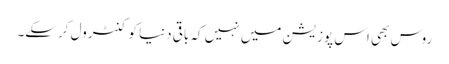
روس بھی اس پوزیشن میں نہیں کہ باقی دنیا کو کنٹرول کرسکے۔